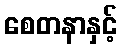
စေတနာနှင့်